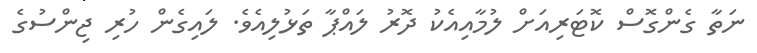
ނަތާ ގެންގޮސް ކޮޓަރިއަށް ލުމާއިއެކު ދޮރު ލައްޕާ ތަޅުލިއެވެ. ލައިގެން ހުރި ޖިންސުގެ